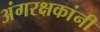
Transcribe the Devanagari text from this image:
अंगरक्षकांनी